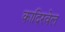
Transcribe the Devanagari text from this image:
कादिरवेल